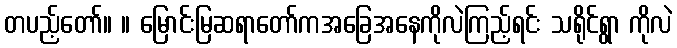
တပည့်တော်။ ။ မြောင်းမြဆရာတော်ကအခြေအနေကိုလဲကြည့်ရင်း သရိုင်ရွာ ကိုလဲ